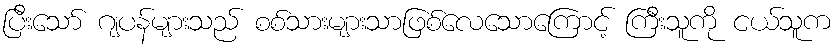
ပြီးသော် ဂျပန်များသည် စစ်သားများသာဖြစ်လေသောကြောင့် ကြီးသူကို ငယ်သူက